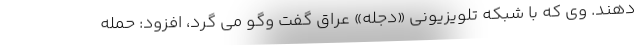
دهند. وی که با شبکه تلویزیونی «دجله» عراق گفت وگو می گرد، افزود: حمله